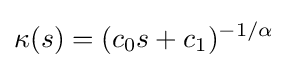
\kappa (s)=(c_{0}s+c_{1})^{-1/\alpha }